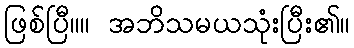
ဖြစ်ပြီ။။ အဘိသမယသုံးပြီး၏။